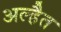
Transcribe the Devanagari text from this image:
अल्हैत